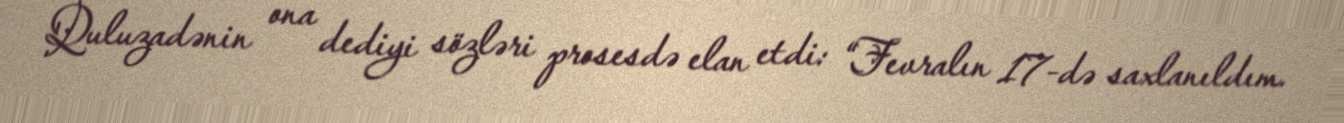
Quluzadənin ona dediyi sözləri prosesdə elan etdi: “Fevralın 17-də saxlanıldım.